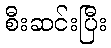
စီးဆင်းပြီး